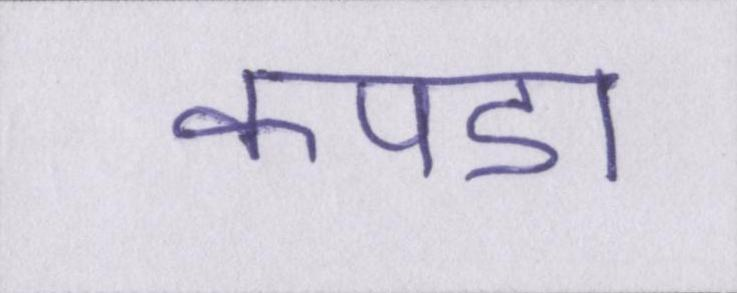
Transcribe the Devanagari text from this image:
कपडा